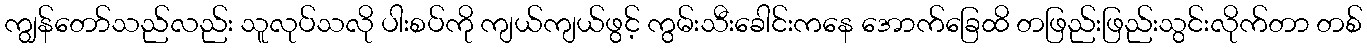
ကျွန်တော်သည်လည်း သူလုပ်သလို ပါးစပ်ကို ကျယ်ကျယ်ဖွင့် ကွမ်းသီးခေါင်းကနေ အောက်ခြေထိ တဖြည်းဖြည်းသွင်းလိုက်တာ တစ်